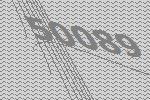
50089